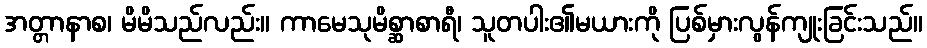
အတ္တာနာစ၊ မိမိသည်လည်း။ ကာမေသုမိစ္ဆာစာရီ၊ သူတပါး၏မယားကို ပြစ်မှားလွန်ကျုးခြင်းသည်။